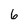
Character: 6